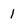
Character: 1